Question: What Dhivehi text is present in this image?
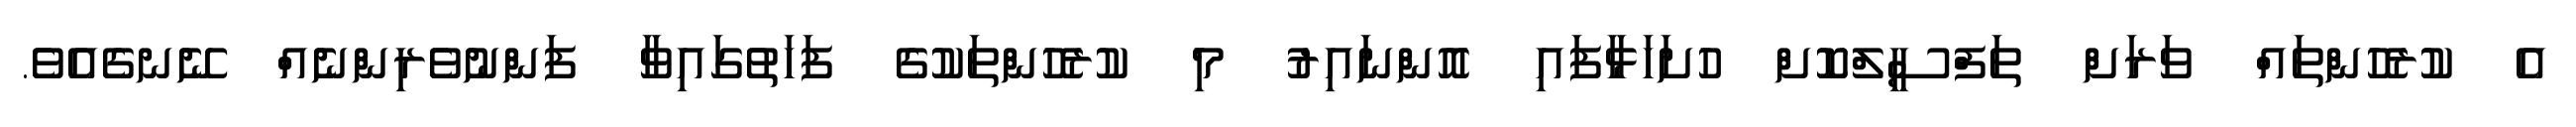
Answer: އެ ކުރެހުންތައް ވަރަށް ތަފްސީލްކޮށް ހުށަހަޅާފައި އޮންނައިރު މި ކުރެހުންތަކުގެ ފަހަތުގައިވާ ފަންނުވެރިންނެއް ނޭނގެއެވެ.